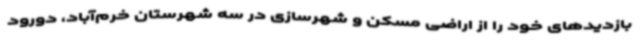
بازدیدهای خود را از اراضی مسکن و شهرسازی در سه شهرستان خرم‌آباد، دورود